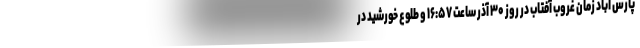
پارس آباد زمان غروب آفتاب در روز ۳۰ آذر ساعت ۱۶:۵۷ و طلوع خورشید در